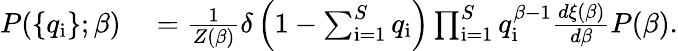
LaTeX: \begin{array}{rl}{P(\{ q_{\mathrm{i}}\} ;\beta)}&{{}=\frac{1}{Z(\beta)}\delta\left(1-\sum_{\mathrm{i=1}}^{S}q_{\mathrm{i}}\right)\prod_{\mathrm{i=1}}^{S}q_{\mathrm{i}}^{\beta-1}\frac{d\xi(\beta)}{d\beta}P(\beta).}\end{array}